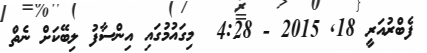
ފެބްރުއަރީ 18